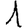
Digit: 1